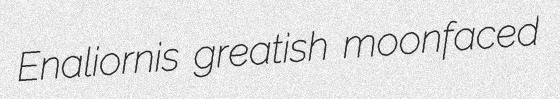
Enaliornis greatish moonfaced